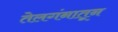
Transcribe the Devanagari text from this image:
तेलगंनातून